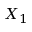
X _ { 1 }